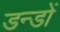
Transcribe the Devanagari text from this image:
डन्डों